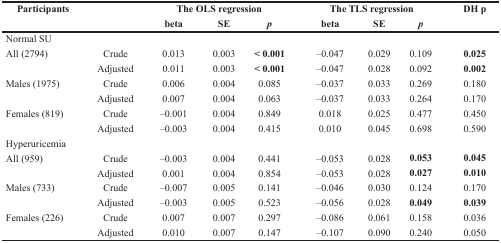
<table><thead><tr><td rowspan="2"><b>Participants</b></td><td></td><td colspan="3"><b>The OLS regression</b></td><td colspan="3"><b>The TLS regression</b></td><td rowspan="2"><b>DH p</b></td></tr><tr><td></td><td><b>beta</b></td><td><b>SE</b></td><td><b><i>p</i></b></td><td><b>beta</b></td><td><b>SE</b></td><td><b><i>p</i></b></td></tr></thead><tbody><tr><td>Normal SU</td><td></td><td></td><td></td><td></td><td></td><td></td><td></td><td></td></tr><tr><td>All (2794)</td><td>Crude</td><td>0.013</td><td>0.003</td><td><b>&lt; 0.001</b></td><td>–0.047</td><td>0.029</td><td>0.109</td><td><b>0.025</b></td></tr><tr><td></td><td>Adjusted</td><td>0.011</td><td>0.003</td><td><b>&lt; 0.001</b></td><td>–0.047</td><td>0.028</td><td>0.092</td><td><b>0.002</b></td></tr><tr><td>Males (1975)</td><td>Crude</td><td>0.006</td><td>0.004</td><td>0.085</td><td>–0.037</td><td>0.033</td><td>0.269</td><td>0.180</td></tr><tr><td></td><td>Adjusted</td><td>0.007</td><td>0.004</td><td>0.063</td><td>–0.037</td><td>0.033</td><td>0.264</td><td>0.170</td></tr><tr><td>Females (819)</td><td>Crude</td><td>–0.001</td><td>0.004</td><td>0.849</td><td>0.018</td><td>0.025</td><td>0.477</td><td>0.450</td></tr><tr><td></td><td>Adjusted</td><td>–0.003</td><td>0.004</td><td>0.415</td><td>0.010</td><td>0.045</td><td>0.698</td><td>0.590</td></tr><tr><td>Hyperuricemia</td><td></td><td></td><td></td><td></td><td></td><td></td><td></td><td></td></tr><tr><td>All (959)</td><td>Crude</td><td>–0.003</td><td>0.004</td><td>0.441</td><td>–0.053</td><td>0.028</td><td><b>0.053</b></td><td><b>0.045</b></td></tr><tr><td></td><td>Adjusted</td><td>0.001</td><td>0.004</td><td>0.854</td><td>–0.053</td><td>0.028</td><td><b>0.027</b></td><td><b>0.010</b></td></tr><tr><td>Males (733)</td><td>Crude</td><td>–0.007</td><td>0.005</td><td>0.141</td><td>–0.046</td><td>0.030</td><td>0.124</td><td>0.170</td></tr><tr><td></td><td>Adjusted</td><td>–0.003</td><td>0.005</td><td>0.523</td><td>–0.056</td><td>0.028</td><td><b>0.049</b></td><td><b>0.039</b></td></tr><tr><td>Females (226)</td><td>Crude</td><td>0.007</td><td>0.007</td><td>0.297</td><td>–0.086</td><td>0.061</td><td>0.158</td><td>0.036</td></tr><tr><td></td><td>Adjusted</td><td>0.010</td><td>0.007</td><td>0.147</td><td>–0.107</td><td>0.090</td><td>0.240</td><td>0.050</td></tr></tbody></table>